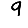
Digit: 9